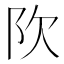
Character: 𬮼